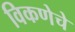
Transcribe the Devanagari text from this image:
विकणेचे